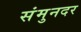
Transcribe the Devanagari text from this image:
संमुनदर